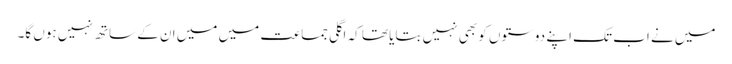
میں نے اب تک اپنے دوستوں کو بھی نہیں بتایا تھا کہ اگلی جماعت میں میں ان کے ساتھ نہیں ہوں گا۔